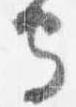
守